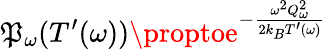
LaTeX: \mathfrak{P}_{\omega}(T^{\prime}(\omega))\proptoe^{-\frac{{\omega^{2}Q_{\omega}^{2}}}{{2k_{B}T^{\prime}(\omega)}}}